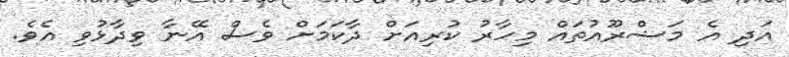
އަދި އެ މަޝްރޫއުތައް މިހާރު ކުރިއަށް ދާކަމަށް ވެސް އޭނާ ވިދާޅުވި އެވެ.